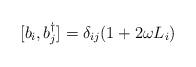
LaTeX: \begin{align*}[ b_i, b_j^{\dagger} ] = \delta_{ij} ( 1 + 2 \omega L_i )\end{align*}